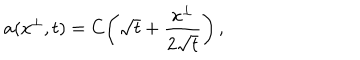
a ( x ^ { \perp } , t ) = C \! \left( \sqrt { t } + \frac { x ^ { \perp } } { 2 \sqrt { t } } \right) ,